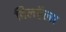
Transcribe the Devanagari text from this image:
विलहॅल्म